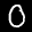
Label: 0